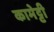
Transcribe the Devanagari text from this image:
कामेट्टी